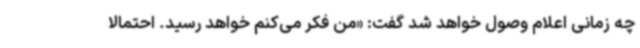
چه زمانی اعلام وصول خواهد شد گفت: «من فکر می‌کنم خواهد رسید. احتمالا